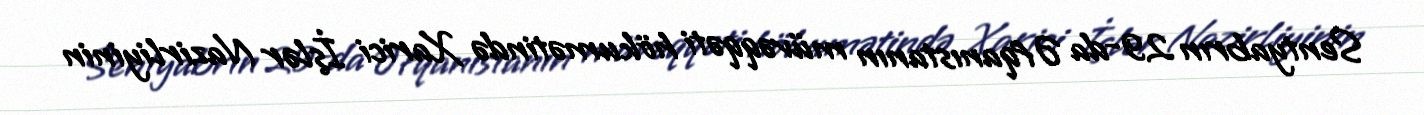
Sentyabrın 29-da Əfqanıstanın müvəqqəti hökumətində Xarici İşlər Nazirliyinin